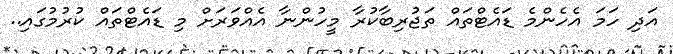
އަދި ހަމަ އެހެންމެ ޑައެޓްތައް ތަޖުރިބާކުރާ މީހުންނާ އެއްވަރަށް މި ޑައެޓްތައް ކުރުމުގައި..